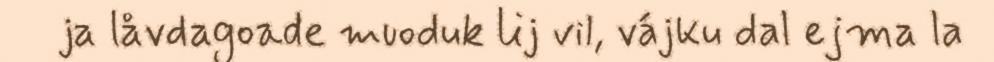
ja låvdagoade muoduk lij vil, vájku dal ejma la